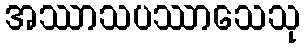
အဿာသပဿာသေသု